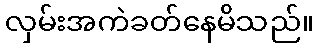
လှမ်းအကဲခတ်နေမိသည်။